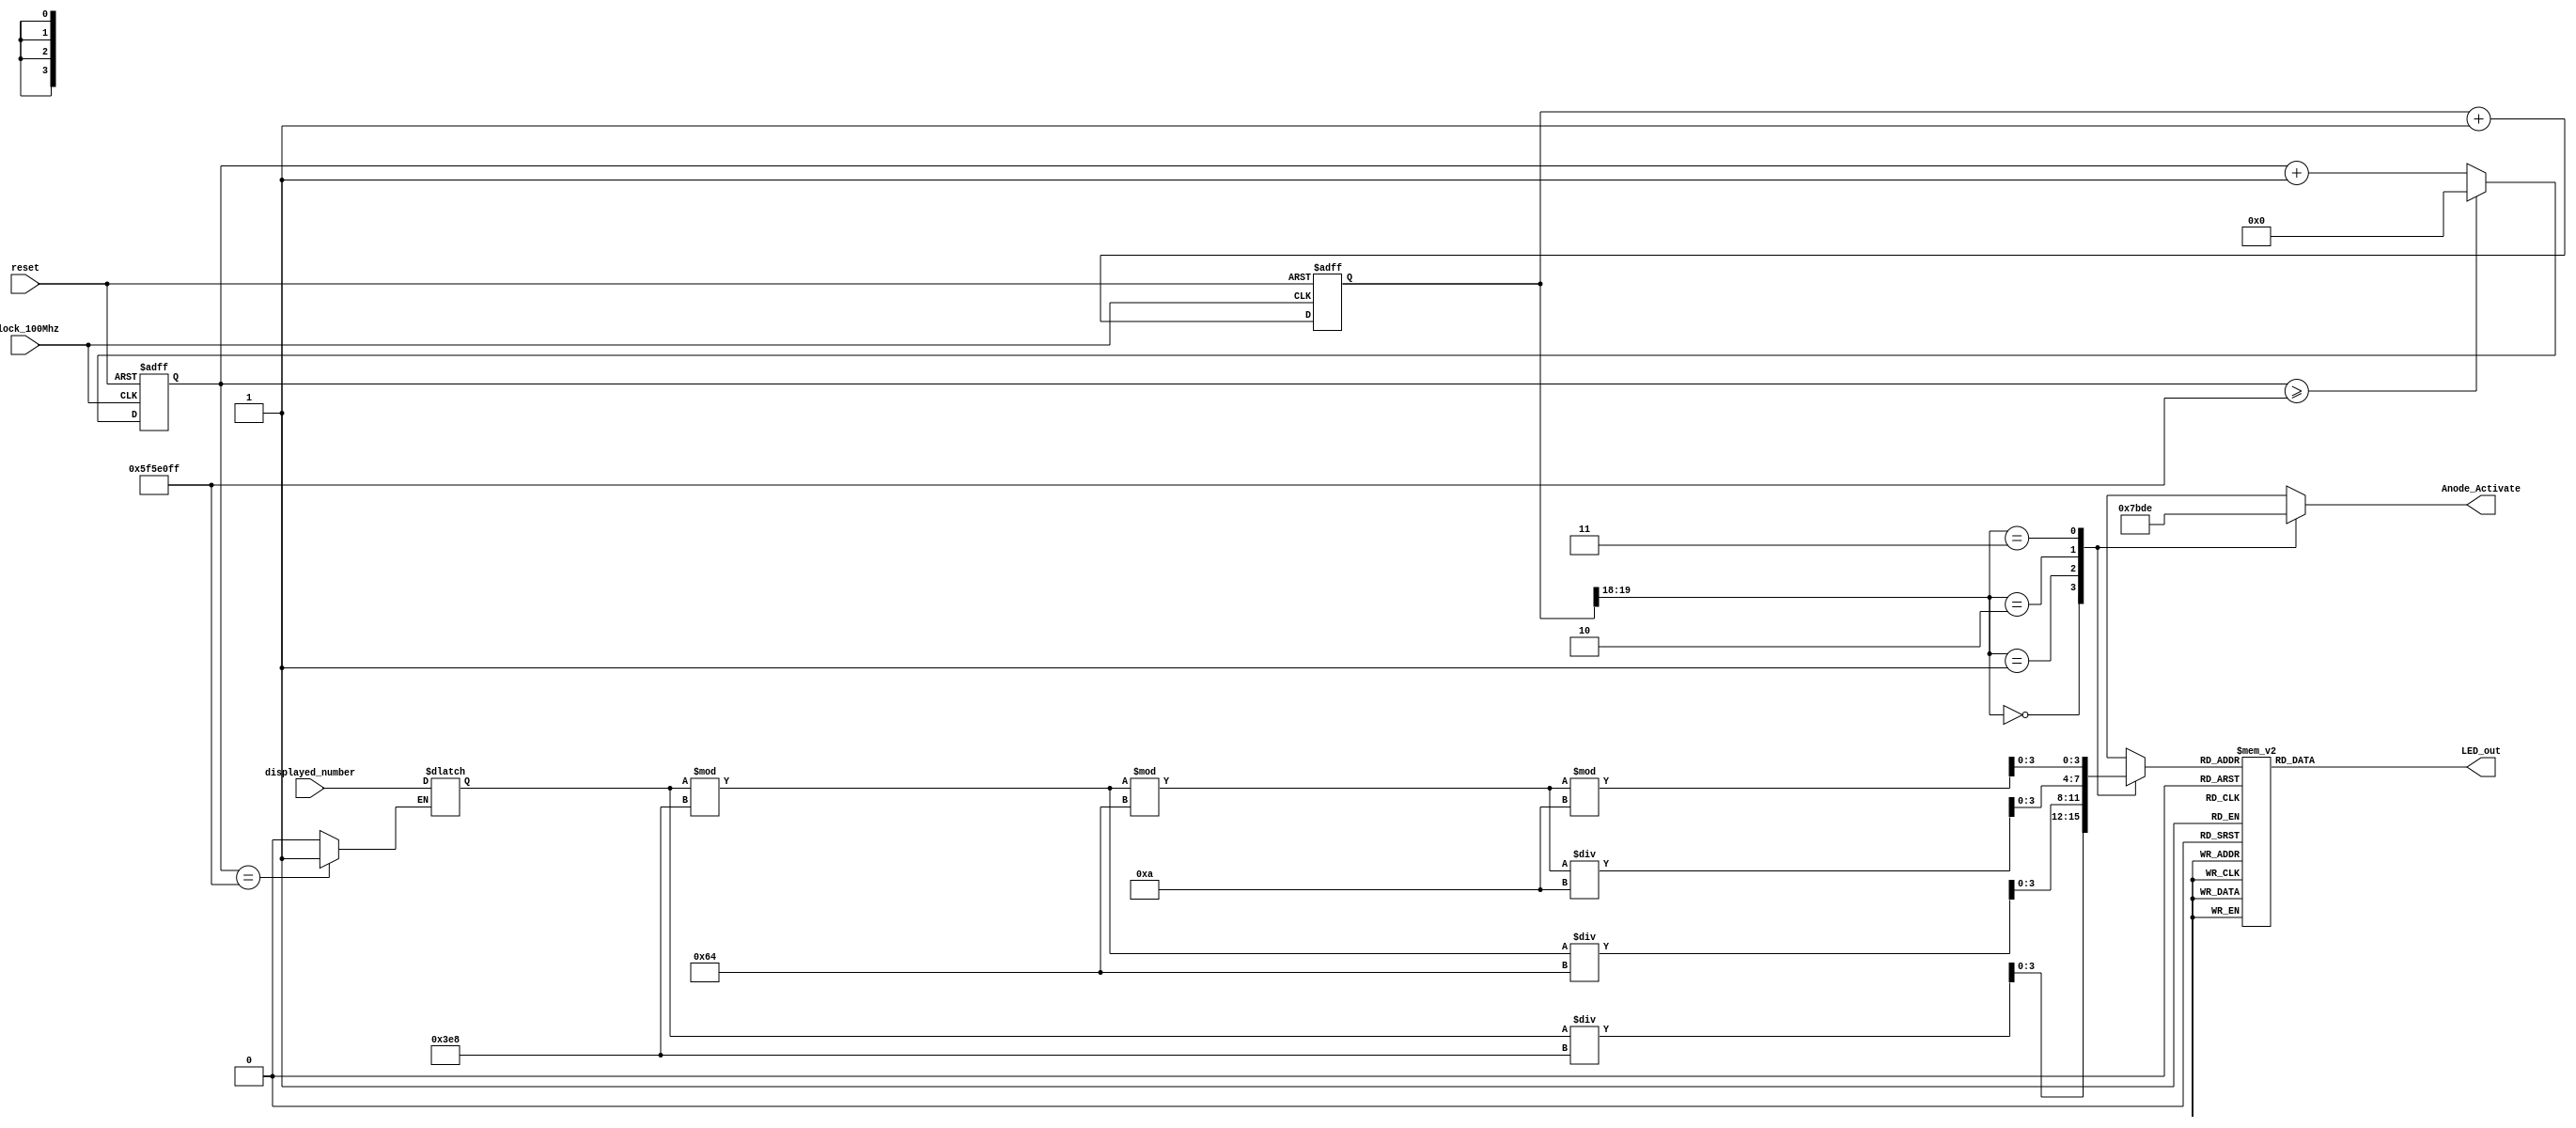
module Seven_Segment_Display_Number(
    input clock_100Mhz, // 100 Mhz clock source on Basys 3 FPGA
    input reset, // reset
    input [15:0] displayed_number,
    output [3:0] Anode_Activate, // anode signals of the 7-segment LED display
    output [6:0] LED_out// cathode patterns of the 7-segment LED display
    );
    reg [26:0] one_second_counter; // counter for generating 1 second clock enable
    wire one_second_enable;
    reg [3:0] Anode_Activate;
    reg [6:0] LED_out;
    always @(posedge clock_100Mhz or posedge reset)
    begin
        if(reset==1)
            one_second_counter <= 0;
        else begin
            if(one_second_counter>=99999999) 
                 one_second_counter <= 0;
            else
                one_second_counter <= one_second_counter + 1;
        end
    end 
    assign one_second_enable = (one_second_counter==99999999)?1:0;
    reg [15:0] display = 15'd9789;

    always @(*) begin
        if (one_second_enable)
            display <= displayed_number;
    end

    wire [1:0] LED_activating_counter; 
    reg [3:0] LED_BCD;
    reg [19:0] refresh_counter;
    always @(posedge clock_100Mhz or posedge reset)
    begin 
        if(reset==1)
            refresh_counter <= 0;
        else
            refresh_counter <= refresh_counter + 1;
    end 
    assign LED_activating_counter = refresh_counter[19:18];

    always @(*)
    begin
        case(LED_activating_counter)
        2'b00: begin
            Anode_Activate = 4'b0111; 
            // activate LED1 and Deactivate LED2, LED3, LED4
            LED_BCD = display/1000;
            // the first digit of the 16-bit number
              end
        2'b01: begin
            Anode_Activate = 4'b1011; 
            // activate LED2 and Deactivate LED1, LED3, LED4
            LED_BCD = (display % 1000)/100;
            // the second digit of the 16-bit number
              end
        2'b10: begin
            Anode_Activate = 4'b1101; 
            // activate LED3 and Deactivate LED2, LED1, LED4
            LED_BCD = ((display % 1000)%100)/10;
            // the third digit of the 16-bit number
                end
        2'b11: begin
            Anode_Activate = 4'b1110; 
            // activate LED4 and Deactivate LED2, LED3, LED1
            LED_BCD = ((display % 1000)%100)%10;
            // the fourth digit of the 16-bit number    
               end
        endcase
    end
    // Cathode patterns of the 7-segment LED display 
    always @(*)
    begin
        case(LED_BCD)
        4'b0000: LED_out = 7'b0000001; // "0"     
        4'b0001: LED_out = 7'b1001111; // "1" 
        4'b0010: LED_out = 7'b0010010; // "2" 
        4'b0011: LED_out = 7'b0000110; // "3" 
        4'b0100: LED_out = 7'b1001100; // "4" 
        4'b0101: LED_out = 7'b0100100; // "5" 
        4'b0110: LED_out = 7'b0100000; // "6" 
        4'b0111: LED_out = 7'b0001111; // "7" 
        4'b1000: LED_out = 7'b0000000; // "8"     
        4'b1001: LED_out = 7'b0000100; // "9" 
        default: LED_out = 7'b0000001; // "0"
        endcase
    end

endmodule